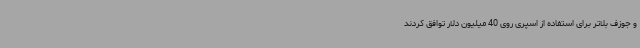
و جوزف بلاتر برای استفاده از اسپری روی 40 میلیون دلار توافق کردند